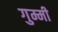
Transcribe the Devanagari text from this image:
गुम्मी